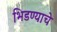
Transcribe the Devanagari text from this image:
भिडण्याचे